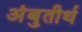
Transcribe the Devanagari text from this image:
अंबुतीर्थ